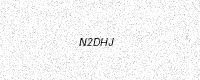
Text: N2DHJ